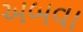
અબવા